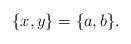
LaTeX: \begin{align*}\{x,y\}= \{a,b\}.\end{align*}